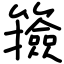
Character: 籡